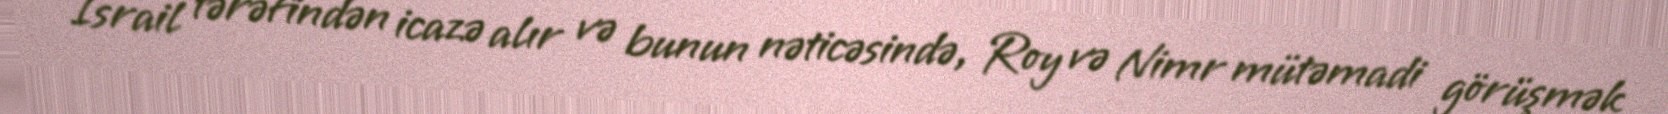
İsrail tərəfindən icazə alır və bunun nəticəsində, Roy və Nimr mütəmadi görüşmək